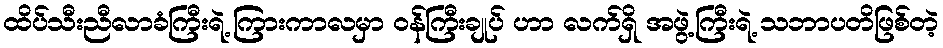
ထိပ်သီးညီလာခံကြီးရဲ့ ကြားကာလမှာ ဝန်ကြီးချုပ် ဟာ လက်ရှိ အဖွဲ့ကြီးရဲ့ သဘာပတိဖြစ်တဲ့